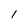
Character: 1